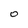
Character: 0